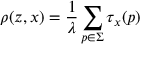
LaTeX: \rho ( z , x ) = \frac { 1 } { \lambda } \sum _ { p \in \Sigma } \tau _ { x } ( p )